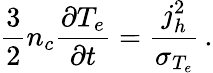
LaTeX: \frac{3}{2}n_{c}\frac{\partial T_{e}}{\partial t}=\frac{j_{h}^{2}}{\sigma_{T_{e}}}\, .